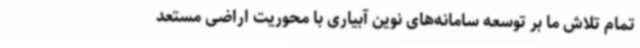
تمام تلاش ما بر توسعه سامانه‌های نوین آبیاری با محوریت اراضی مستعد